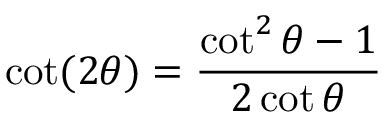
\cot ( 2 \theta ) = { \frac { \cot ^ { 2 } \theta - 1 } { 2 \cot \theta } }